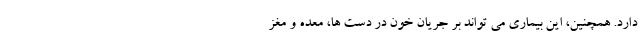
دارد. همچنین، این بیماری می تواند بر جریان خون در دست ها، معده و مغز